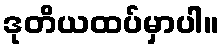
ဒုတိယထပ်မှာပါ။